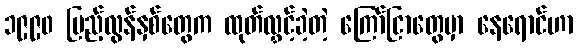
၁၉၉၀ ပြည့်လွန်နှစ်တွေက ထုတ်လွှင့်ခဲ့တဲ့ ကြော်ငြာတွေမှာ နေရောင်ဟာ